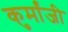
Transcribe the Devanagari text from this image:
कुर्मांजी